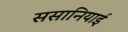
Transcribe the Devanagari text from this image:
ससानियाई